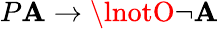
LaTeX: P\mathbf{A}\to\lnotO\lnot\mathbf{A}